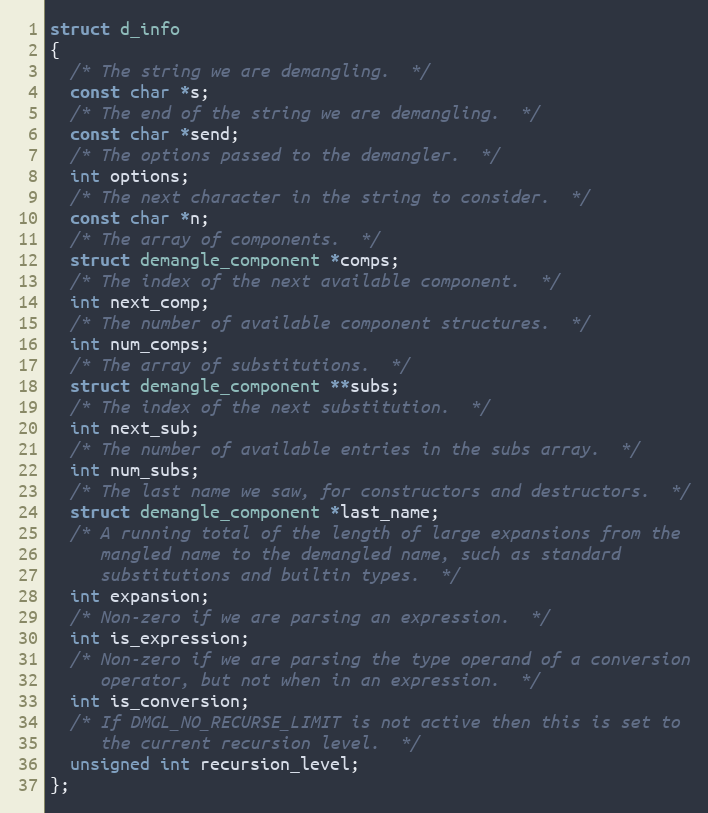
Language: C
struct d_info
{
  /* The string we are demangling.  */
  const char *s;
  /* The end of the string we are demangling.  */
  const char *send;
  /* The options passed to the demangler.  */
  int options;
  /* The next character in the string to consider.  */
  const char *n;
  /* The array of components.  */
  struct demangle_component *comps;
  /* The index of the next available component.  */
  int next_comp;
  /* The number of available component structures.  */
  int num_comps;
  /* The array of substitutions.  */
  struct demangle_component **subs;
  /* The index of the next substitution.  */
  int next_sub;
  /* The number of available entries in the subs array.  */
  int num_subs;
  /* The last name we saw, for constructors and destructors.  */
  struct demangle_component *last_name;
  /* A running total of the length of large expansions from the
     mangled name to the demangled name, such as standard
     substitutions and builtin types.  */
  int expansion;
  /* Non-zero if we are parsing an expression.  */
  int is_expression;
  /* Non-zero if we are parsing the type operand of a conversion
     operator, but not when in an expression.  */
  int is_conversion;
  /* If DMGL_NO_RECURSE_LIMIT is not active then this is set to
     the current recursion level.  */
  unsigned int recursion_level;
};